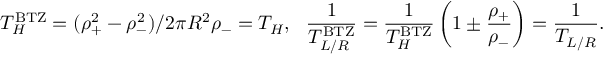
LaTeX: T _ { H } ^ { \mathrm { B T Z } } = ( \rho _ { + } ^ { 2 } - \rho _ { - } ^ { 2 } ) / 2 \pi R ^ { 2 } \rho _ { - } = T _ { H } , ~ ~ { \frac { 1 } { T _ { L / R } ^ { \mathrm { B T Z } } } } = { \frac { 1 } { T _ { H } ^ { \mathrm { B T Z } } } } \left( 1 \pm { \frac { \rho _ { + } } { \rho _ { - } } } \right) = { \frac { 1 } { T _ { L / R } } } .